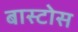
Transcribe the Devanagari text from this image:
बास्टोस